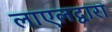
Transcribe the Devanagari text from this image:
लाएलद्वारा